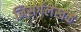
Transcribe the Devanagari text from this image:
निसर्गलेखक